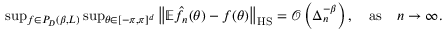
\begin{array} { r } { \operatorname* { s u p } _ { f \in { \cal P } _ { D } ( \beta , L ) } \operatorname* { s u p } _ { \theta \in [ - \pi , \pi ] ^ { d } } \left\Vert \mathbb { E } \hat { f } _ { n } ( \theta ) - f ( \theta ) \right\Vert _ { \mathrm { H S } } = \mathcal { O } \left( \Delta _ { n } ^ { - \beta } \right) , \quad \mathrm { a s } \quad n \to \infty . } \end{array}